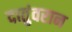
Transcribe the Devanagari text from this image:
दातुंवरान